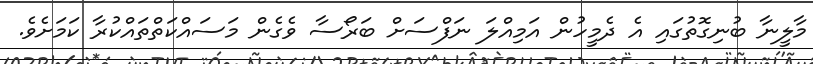
މާލީނާ ބުނިގޮތުގައި އެ ދެމީހުން އަމިއްލަ ނަފްސަށް ބަރޯސާ ވެގެން މަސައްކަތްތައްކުރާ ކަމަށެވެ.